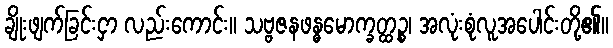
ချိုးဖျက်ခြင်းငှာ လည်းကောင်း။ သဗ္ဗဇနဖန္ဓမောက္ခတ္ထဉ္စ၊ အလုံးစုံလူအပေါင်းတို့၏။